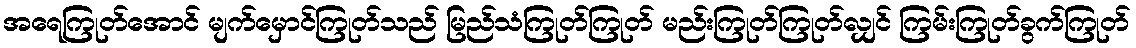
အရေကြုတ်အောင် မျက်မှောင်ကြုတ်သည် မြည်သံကြုတ်ကြုတ် မည်းကြုတ်ကြုတ်လျှင် ကြမ်းကြုတ်ခွက်ကြုတ်